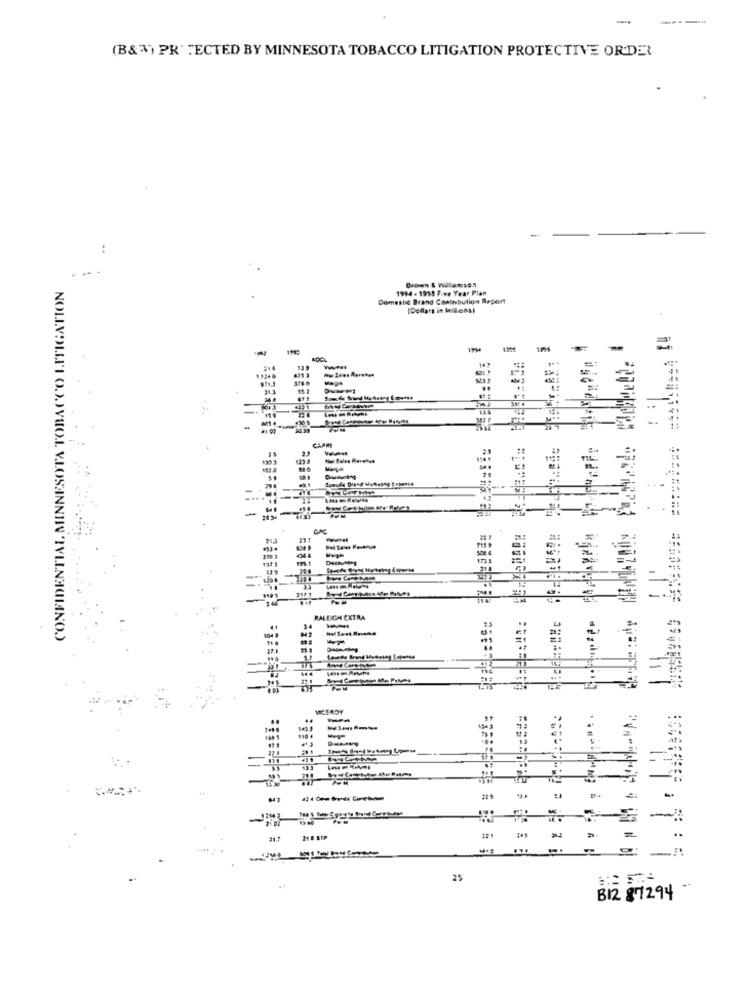
(B&3) PR'ECTED BY MINNESOTA TOBACCO LITIGATION PROTECTIVE OR.DE
Brown $ Willams0.
1994 - 1999 F.we Year Plan
Demeste Brand Contribution Report
[Dollars in Millons)
#1 91
123 8
-
CA
RALEIGH EXTRA
VICEROY
-
2.01
-
21 8 51>
..
25
B12 81294